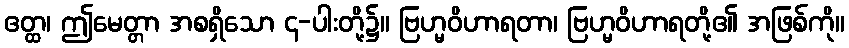
ဧတ္ထ၊ ဤမေတ္တာ အစရှိသော ၄-ပါးတို့၌။ ဗြဟ္မဝိဟာရတာ၊ ဗြဟ္မဝိဟာရတို့၏ အဖြစ်ကို။